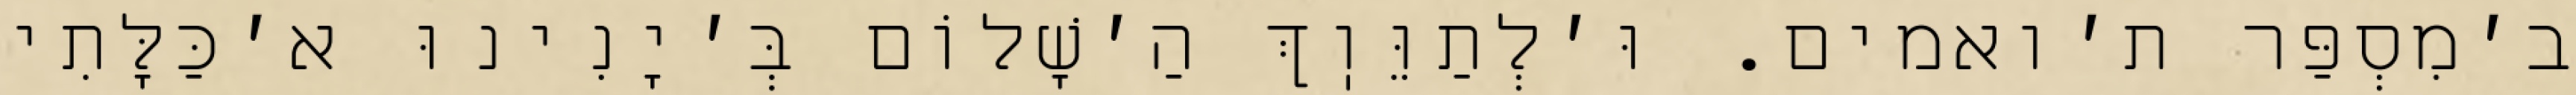
ב׳מִסְפַּר ת׳ואמים. וּ׳לְתַוֵּוֽךְ הַ׳שָׁלוֹם בְּ׳יָנִינוּ א׳כַּלָּתִי